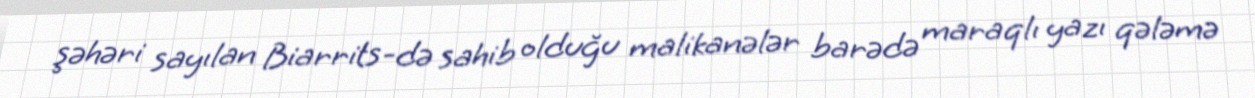
şəhəri sayılan Biarrits-də sahib olduğu malikanələr barədə maraqlı yazı qələmə